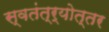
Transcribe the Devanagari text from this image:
स्वतंत्र्योत्‍तर